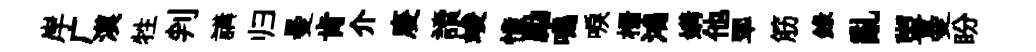
岸广漠牲判講归曼肯介庱讀竣憧勵鳴唳栅鴻媾他翆筋録亂盥曼盼